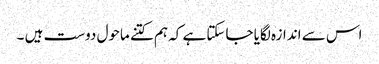
اس سے اندازہ لگایا جاسکتا ہے کہ ہم کتنے ماحول دوست ہیں ۔